Jaan_Tonisson_(Lasteleht), lk 397
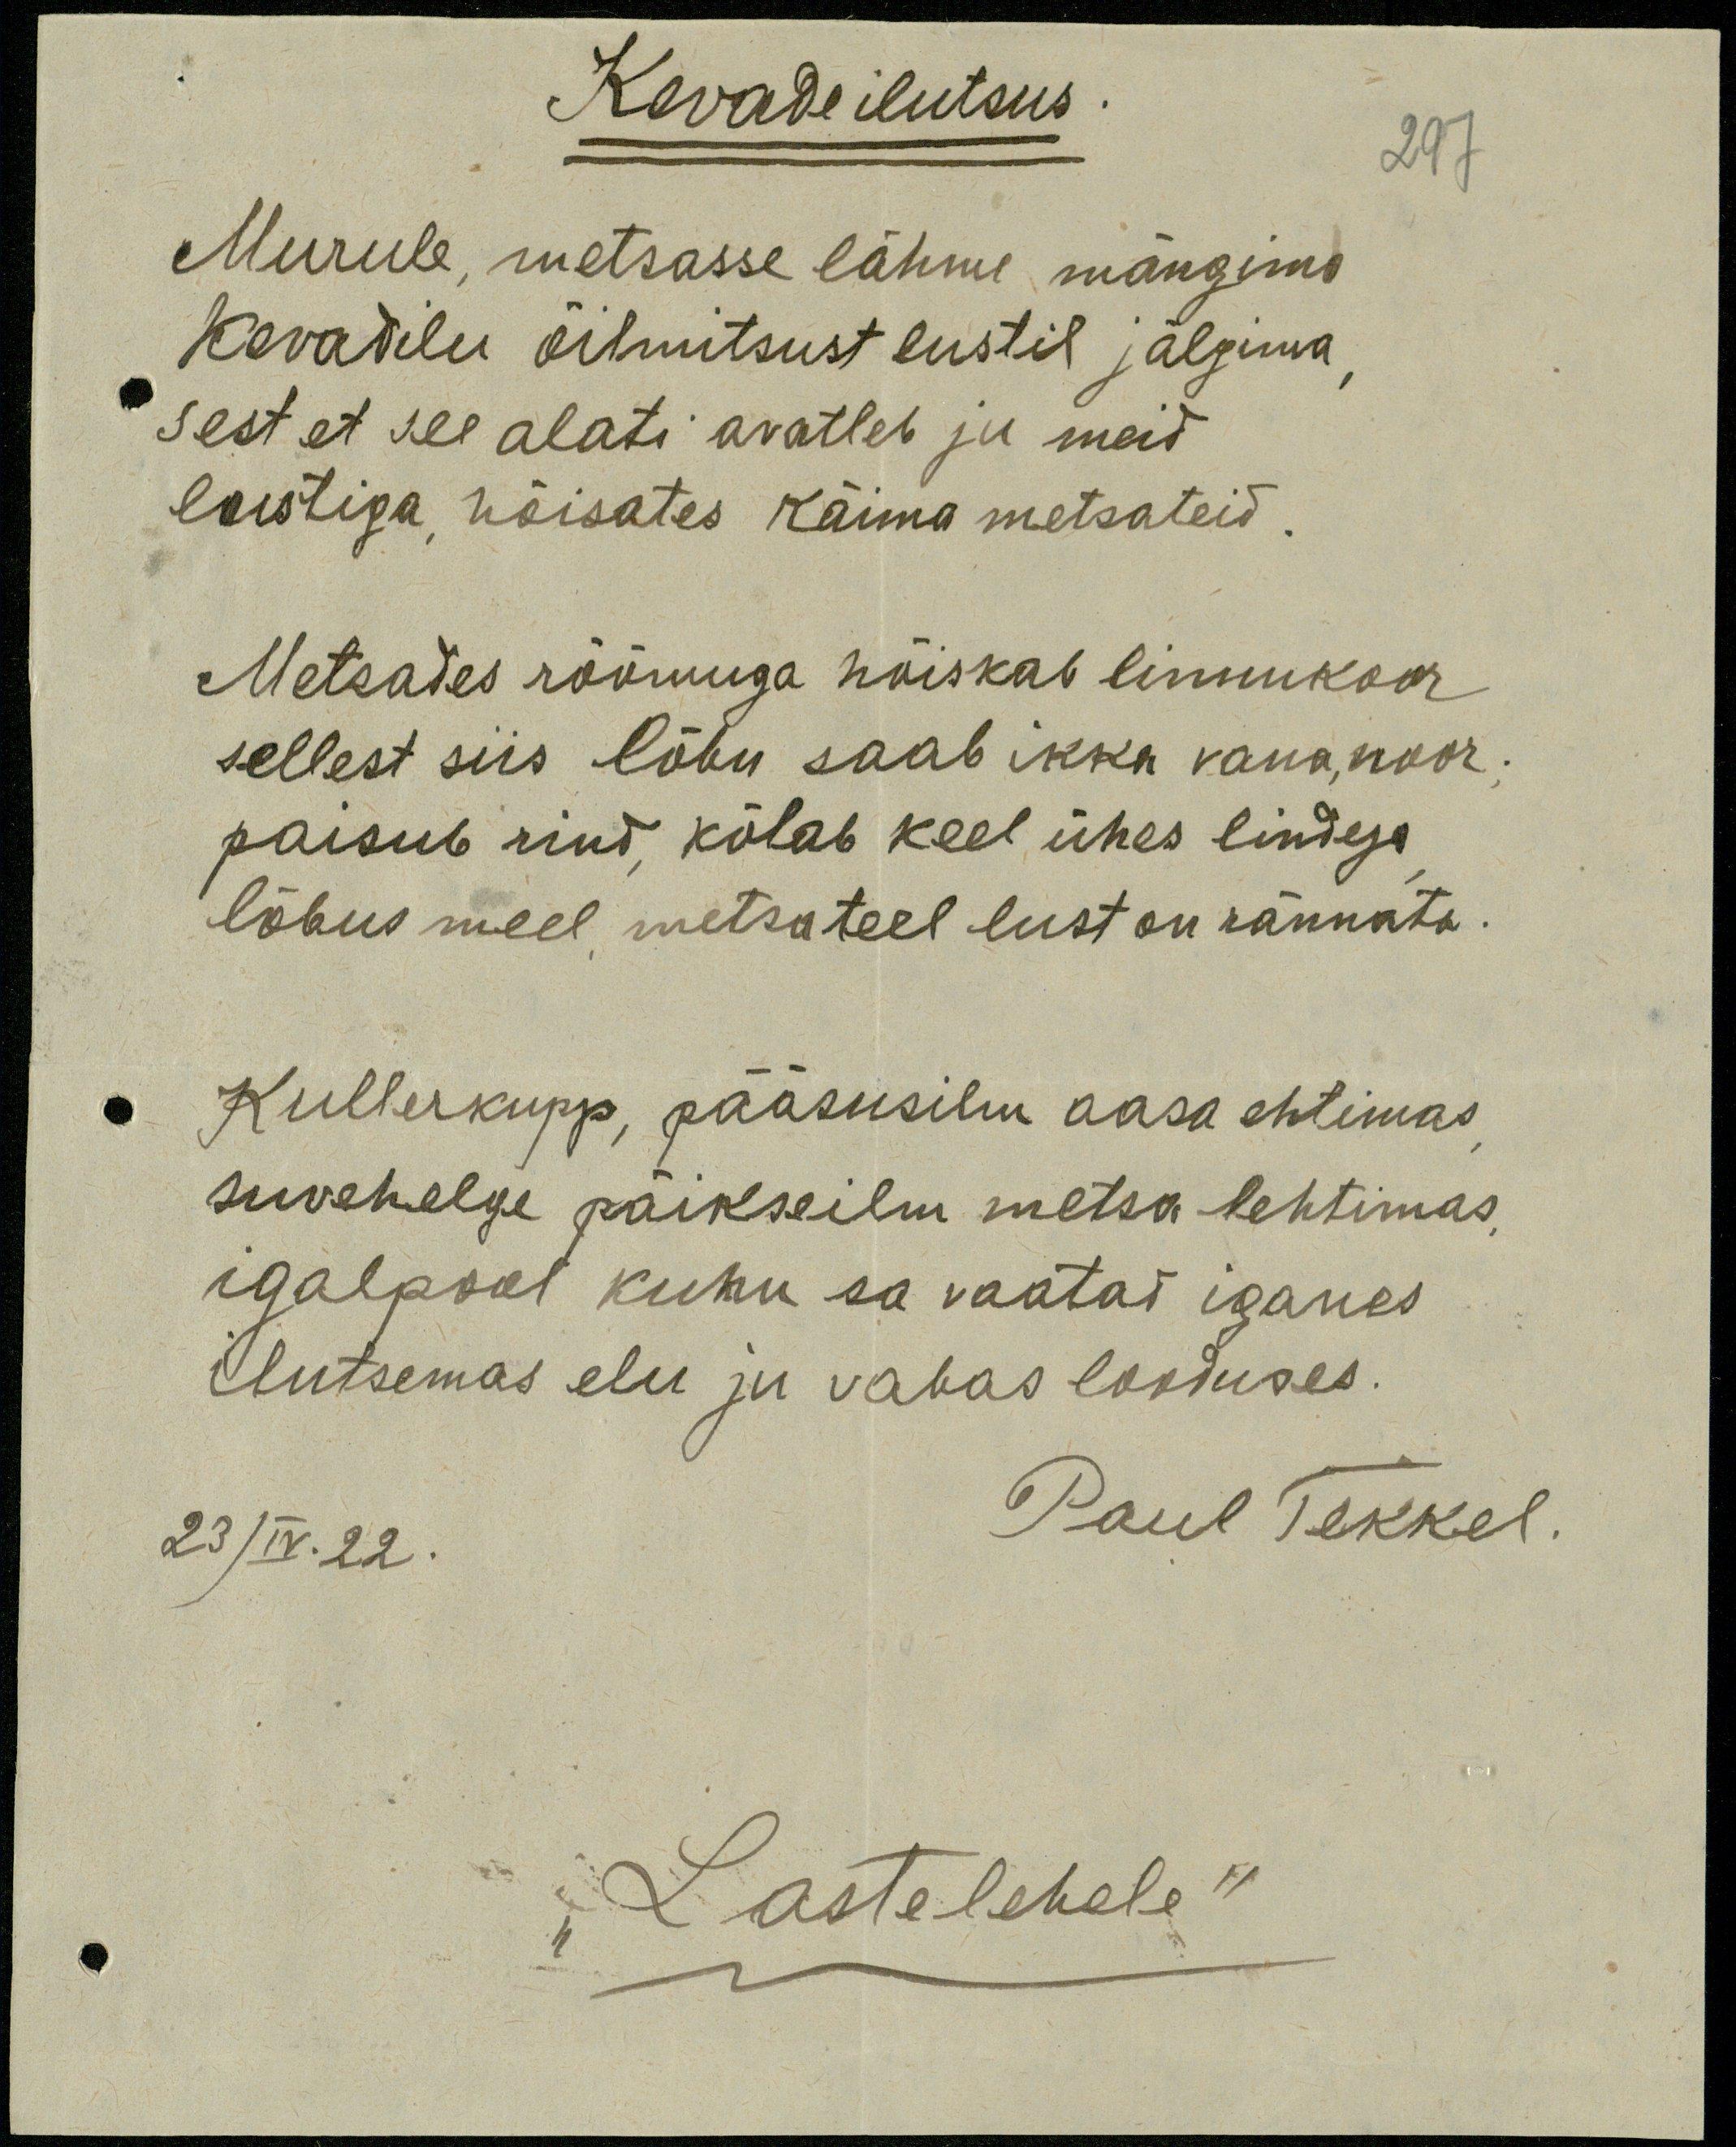
Kevade ilutsus
297
Murule, metsasse lähme mängima
Kevadilu õilmitsust lustil jälgima
sest et see alati avatleb ju meid
lustiga, hõisates käima metsateid.
Metsades rõõmuga hõiskab linnukoor
sellest siis lõbu saab ikka vana, noor.
paisub rind, kõlab keel ühes lindega.
lõbus meel metsateel lust on rännata.
Kullerkupp, pääsusilm aasa ehtimas
suvehelge päikseilm metsa lehtimas.
igalpool kuhu sa vaatad iganes
ilutsemas elu ju vabas looduses.
23/IV.22.
Paul Tekkel.
"Laste lehele"